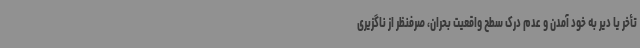
تأخر یا دیر به خود آمدن و عدم درک سطح واقعیت بحران، صرفنظر از ناگزیری